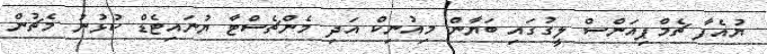
ޔުއެފާ ޗެމްޕިއަންސް ލީގުގައި ބަޔާން މިއުނިކް އަދި މެންޗެސްޓާ ޔުނައިޓެޑް ކުޅުނު މެޗުން